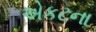
એકટના